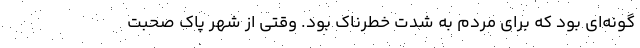
گونه‌ای بود که برای مردم به شدت خطرناک بود. وقتی از شهر پاک صحبت